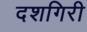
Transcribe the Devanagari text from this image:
दशगिरी